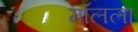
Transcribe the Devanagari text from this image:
मॉलला